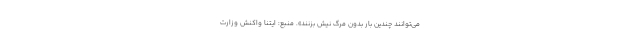
می‌توانند چندین بار بدون مرگ نیش بزنند». منبع: ایتنا واکنش وزارت